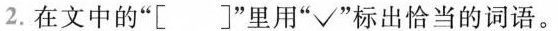
2.在文中的”[ ]”里用”√”标出恰当的词语。